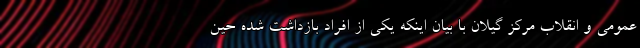
عمومی و انقلاب مرکز گیلان با بیان اینکه یکی از افراد بازداشت شده حین